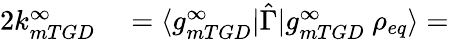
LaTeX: \begin{array}{rl}{2k_{mTGD}^{\infty}}&{{}=\langle g_{mTGD}^{\infty}\rvert\hat{\Gamma}\lvert g_{mTGD}^{\infty}\ \rho_{eq}\rangle=}\end{array}